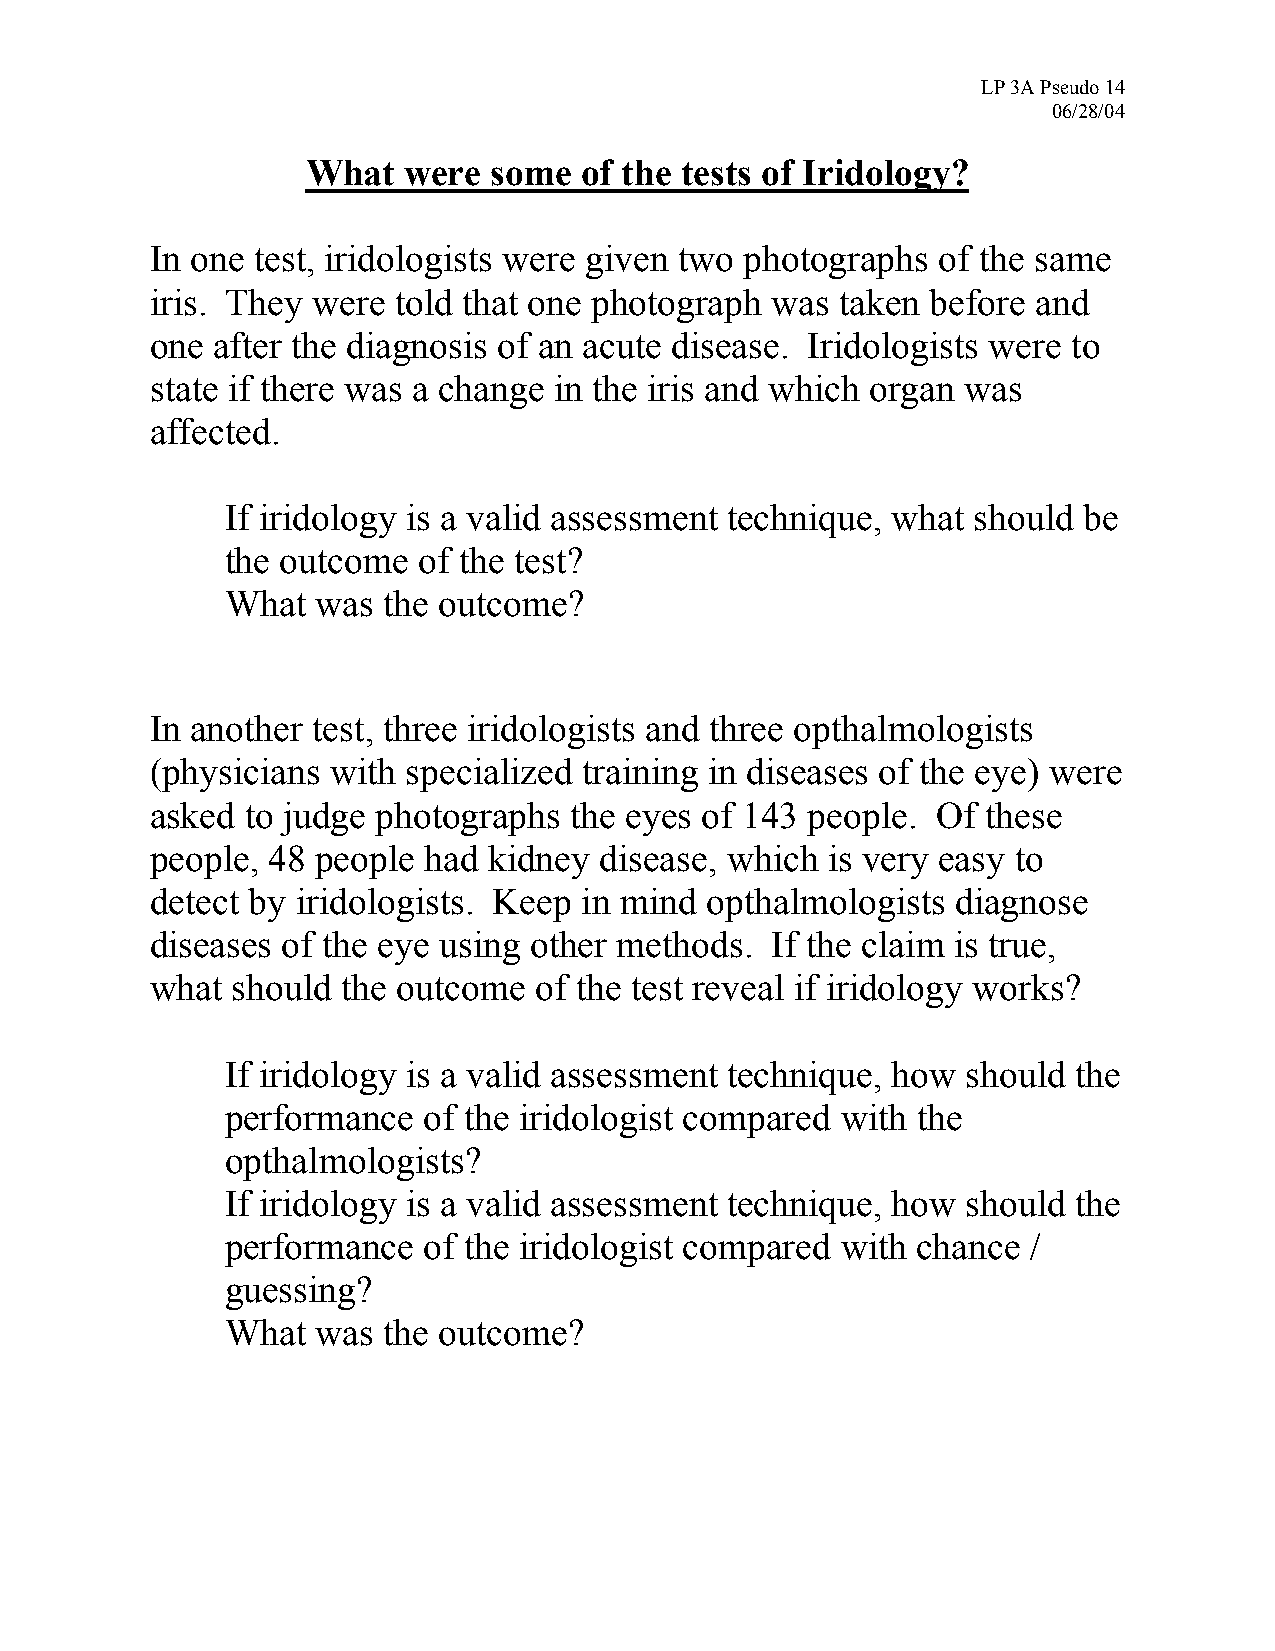
LP 3A Pseudo 14
 06/28/04
 What   were  some  of the tests of Iridology?
 In one test, iridologists were given two photographs of the same
 iris. They were told that one photograph was  taken before and
 one after the diagnosis of an acute disease. Iridologists were to
 state if there was a change in the iris and which organ was
 affected.
 •  If iridology is a valid assessment technique, what should be
 the outcome  of the test?
 •  What  was the outcome?
 In another test, three iridologists and three opthalmologists
 (physicians with specialized training in diseases of the eye) were
 asked to judge photographs  the eyes of 143 people. Of these
 people, 48 people had kidney  disease, which is very easy to
 detect by iridologists. Keep in mind opthalmologists diagnose
 diseases of the eye using other methods. If the claim is true,
 what should  the outcome of the test reveal if iridology works?
 •  If iridology is a valid assessment technique, how should the
 performance  of the iridologist compared with the
 opthalmologists?
 •  If iridology is a valid assessment technique, how should the
 performance  of the iridologist compared with chance /
 guessing?
 •  What  was the outcome?